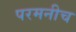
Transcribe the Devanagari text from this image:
परमनीच